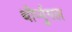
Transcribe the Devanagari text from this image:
थीर्प्पुगल